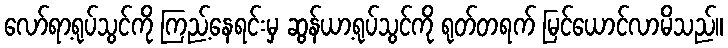
လော်ရာ့ရုပ်သွင်ကို ကြည့်နေရင်းမှ ဆွန်ယာ့ရုပ်သွင်ကို ရုတ်တရက် မြင်ယောင်လာမိသည်။